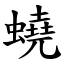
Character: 蟯